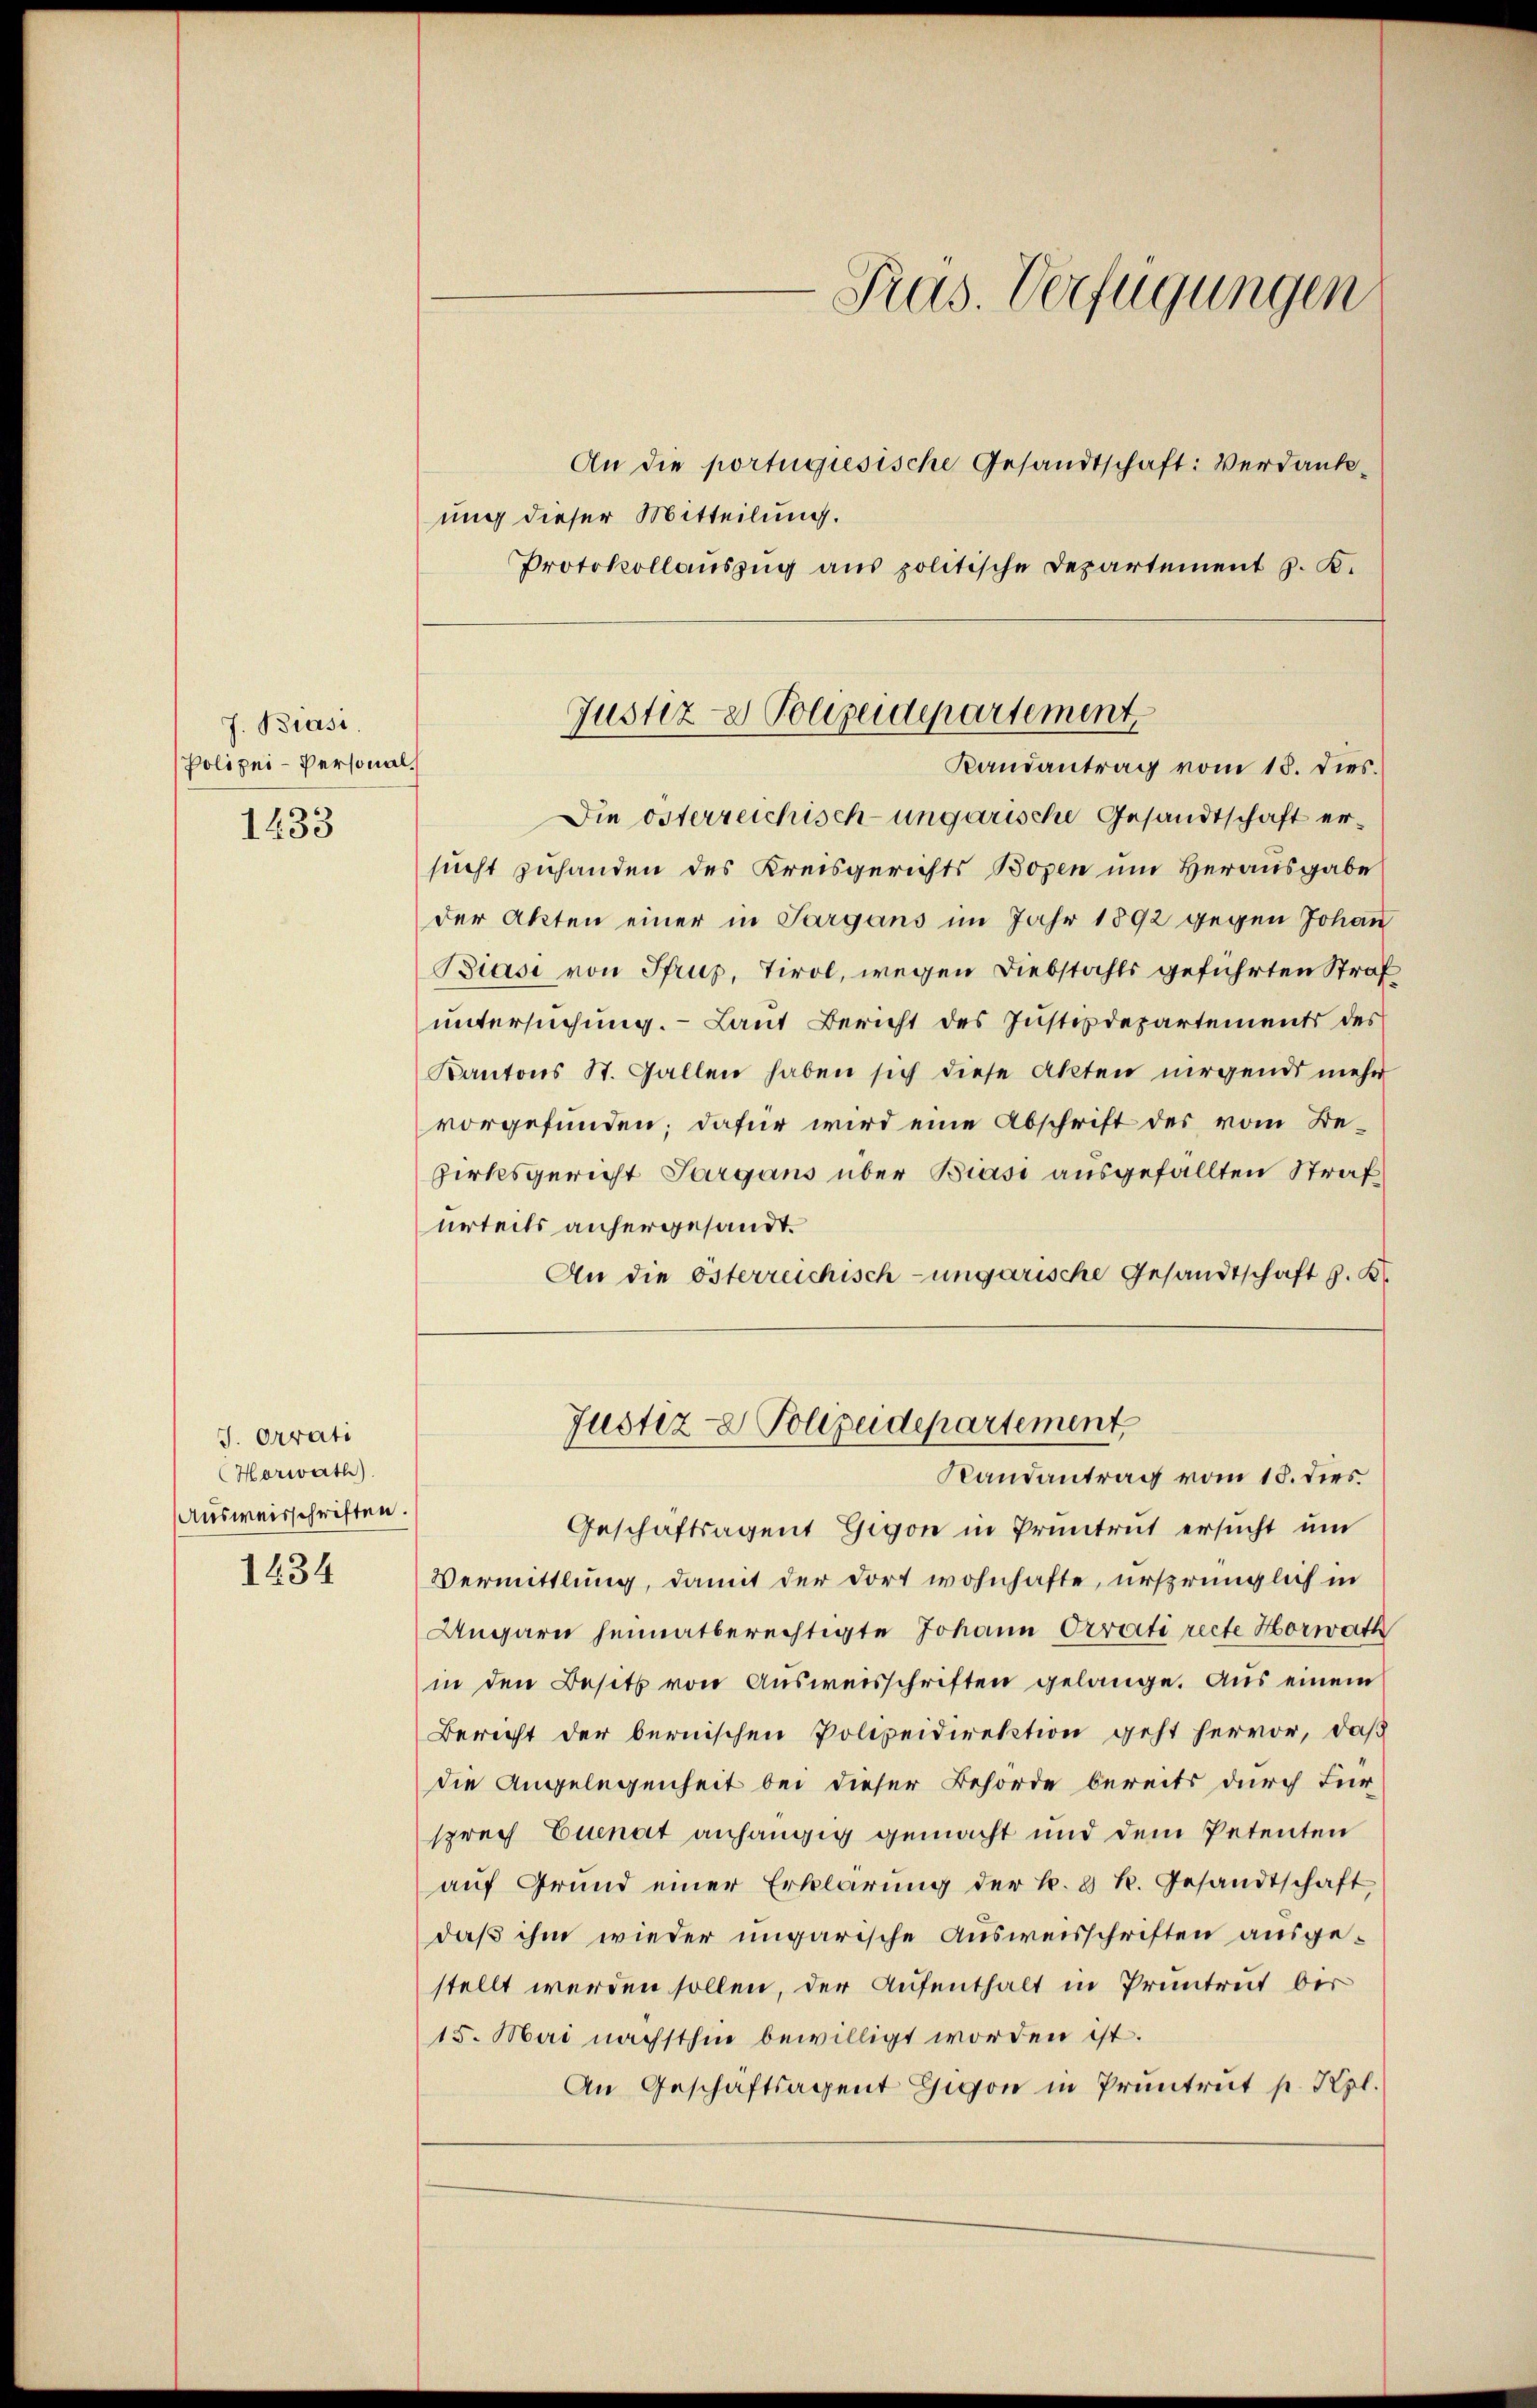
J. Brasi.
Polizei-Personal

1433

I. Orvati
Horwath).
Ausweisschriften.
1234

ung dieser Mitteilung.

Präs. Verfügungen
An die portugisische Gesandtschaft: Verdanke¬
Protokollaŭszŭg ans politische Departement J. K.

Justiz-es Polizeidepartement,
Randantrag vom 18. dies.

Die österreichisch-ungarische Gesandtschaft ersucht zuhanden des Kreisgerichts Bozen um Herausgabe
der Akten einer in Sargans im Jahr 1892 gegen Johan
Biasi von Pfrus, Tirol, wegen Diebstahls geführten Straf
untersuchung. - Laut Bericht des Justizdepartements des
Kantons St. Gallen haben sich diese Akten nirgends mehr
vorgefunden; dafür wird eine Abschrift des vom Bezirksgericht Sargans über Biasi ausgefällten Straf
urteils anhergesandt.
An die österreichisch-ungarische Gesandtschaft z. B.
Geschäftsagent Gigon in Pruntrut ersucht um
Vermittlung, damit der dort wohnhafte, ursprünglich in
Ungarn heimatberechtigte Johann Oerati recte Horwath
in den Besetz von Ausweisschriften gelange. Aus einem
Bericht der bernischen Polizeidirektion geht hervor, daß
die Angelegenheit bei dieser Behörde bereits durch Für
sprech Euenat anhängig gemacht und dem Petenten
aŭf Grund einer Erklärung der k. 8 k. Gesandtschaft
daß ihm wieder ungarische Ausweisschriften ausgestellt werden sollen, der Aufenthalt in Pruntrut bis
15. Mai nächsthin bewilligt worden ist.
An Geschäftsagent Geon in Pruntrut p. Kgl.

Justiz- & Polizeidepartement
Randantrag vom 18. dies